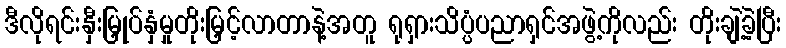
ဒီလိုရင်းနှီးမြှုပ်နှံမှုတိုးမြှင့်လာတာနဲ့အတူ ရုရှားသိပ္ပံပညာရှင်အဖွဲ့ကိုလည်း တိုးချဲ့ခဲ့ပြီး